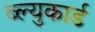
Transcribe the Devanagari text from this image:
ब्ल्युकार्ड